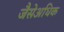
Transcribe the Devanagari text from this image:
जैसेअधिक